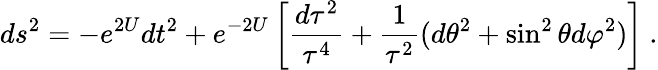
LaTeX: ds^{2}=-e^{2U}dt^{2}+e^{-2U}\left[{\frac{d\tau^{2}}{\tau^{4}}}+{\frac{1}{\tau^{2}}}(d\theta^{2}+\sin^{2}\theta d\varphi^{2})\right]\ .